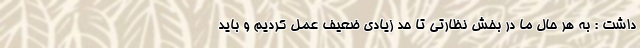
داشت : به هر حال ما در بخش نظارتی تا حد زیادی ضعیف عمل کردیم و باید